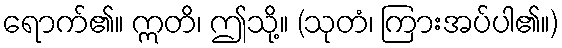
ရောက်၏။ ဣတိ၊ ဤသို့။ (သုတံ၊ ကြားအပ်ပါ၏။)